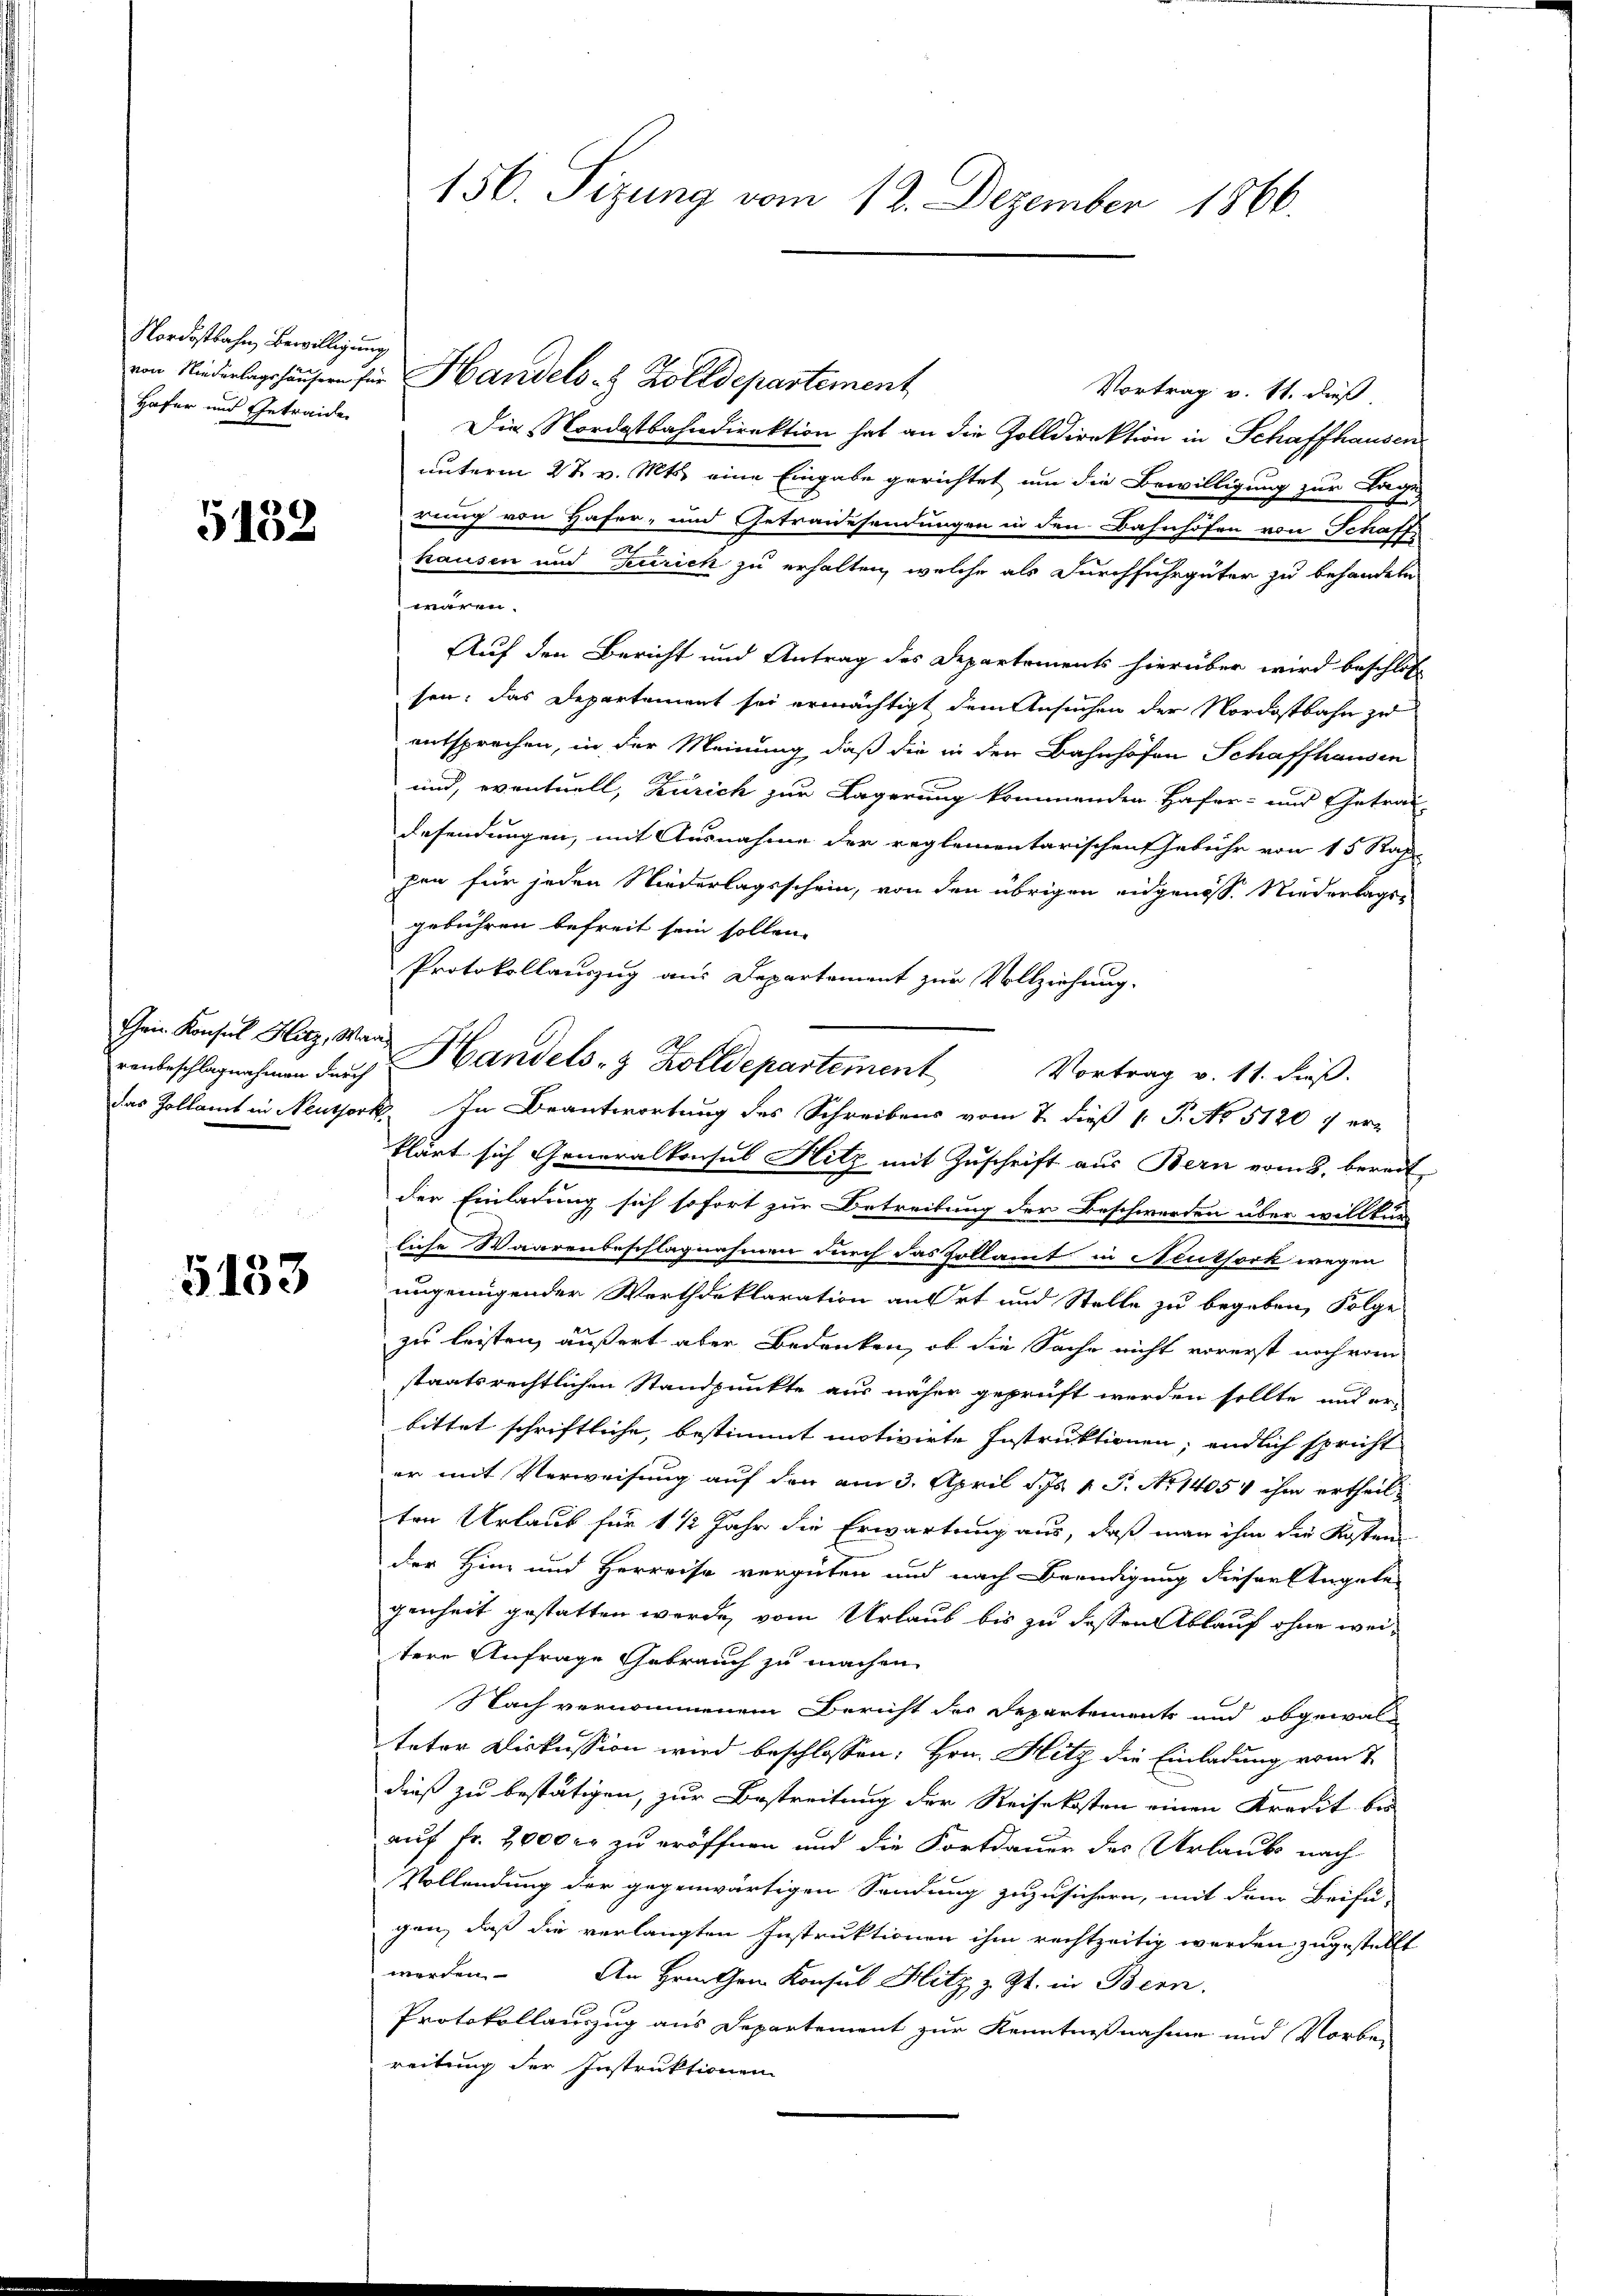
Nordostbahn Bewilligung
Hafer und Getraide

5132

renbeschlagnahmen durch

5133

von Niederlagshäusern für Handels 8 Zolldepartement
Vortrag v. 11. dieß
Die Nordostbahndirektion hat an die Zolldirektion in Schaffhausen
unterm 27. v. Mts. eine Eingabe gerichtet um die Bewilligung zur Tage
rung von Hafer- und Getraidesendungen in den Bahnhöfen von Schaff
hausen und Zürich zu erhalten, welche als Durchfuhrgüter zu behandeln
wären.
Auf den Bericht und Antrag des Departements hierüber wird beschlos
sen; das Departanert sei ermächtigt dem Ansuchen der Nordostbahn zu
entsprechen, in der Meinung, daß die in der Bahnhöfen Schaffhausen
und, eventuell, Zürich zur Lagerung kommenden Hafer- und Getrau-
desendungen, mit Ausnahme der reglementarischen Gebühr von 15 Rah
pen für jeden Niederlagsschein, von den übrigen eidgenöss. Niederlags-
gebühren befreit sein sollen.
Protokollauszug aus Departement zur Vollziehung.
das Zollamt in Neusork. In Beantwortung des Schreibens vom 7. dieß 1. P. No 5120 1 er-
klärt sich Generalkonsul Hitz mit Zuschrift aus Bern vom 8. bereit
der Einladung sich sofort zur Betreitung der Beschwerden über willkür
liche Waarenbeschlagnahmen durch das Zollamt in Neuthork wegen
ungenügender Werthdeklaration an Ort und Stelle zu begeben, Folge
zu leisten, äußert aber Bedenken, ob die Sache nicht vorerst noch vom
staatsrechtlichen Standpunkte aus näher geprüft werden sollte und er-
bittet schriftliche, bestimmt motivirte Instruktionen; endlich spricht
er mit Verweisung auf den am 3. April d. Js. 1 P. Nr. 1405 ihm ertheil-
ten Urlaub für 1 1/2 Jahr die Erwartung aus, daß man ihm die Kosten
der Hin und Herreise vergüten und nach Beendigung dieser Angabe
genheit gestatten werde, vom Urlaub bis zu dessen Ablauf ohne weitere Anfrage Gebrauch zu machen
Nach vernommenem Bericht der Departements und obgewalteter Diskussion wird beschlossen: Hrn. Hitz die Einladung vom 7.
dieß zu bestätigen, zur Bestreitung der Reisekosten einen Kredit bei
auf Fr. 2000 er zu eröffnen und die Fortdauer des Urlaube nach
Vollendung der gegenwärtigen Sendung zuzusichern, mit dem Beifü-
gen, daß die verlangten Instruktionen ihm rechtzeitig werden zugestellt
worden. An Hrn. Gem. Konsul Hitz z. Zt. in Bern.
Protokollauszug aus Departement zur Kenntnißnahme und Vorben
reitung der Instruktionen

156. Sizung vom 12. Dezember 1866.

Gen Konsul Hitz, Mar Handels- & Zolldepartement Vortrag v. 11. dieß.